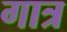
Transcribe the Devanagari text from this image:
गात्र